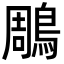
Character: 鵰